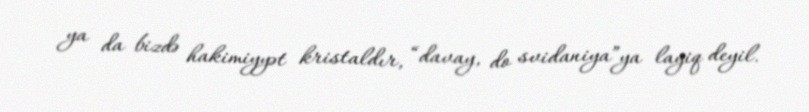
ya da bizdə hakimiyyət kristaldır, “davay, do svidaniya”ya layiq deyil.